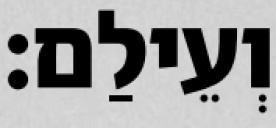
וְעֵילַם׃